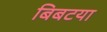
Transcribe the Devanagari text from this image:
बिबटया